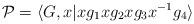
LaTeX: \begin{align*}\mathcal{P}= \langle G,x | xg_1 xg_2 xg_3 x^{-1} g_4 \rangle\end{align*}